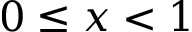
0 \le x < 1